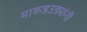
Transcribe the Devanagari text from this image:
माकडउड्यांनी